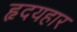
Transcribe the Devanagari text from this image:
हृदयहार